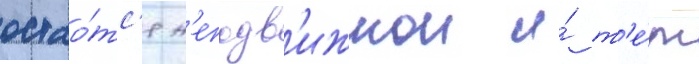
остао́тс'я н'еподв'ижнои и́ т'е́м